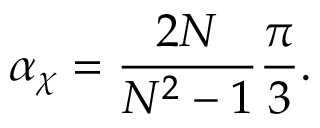
\alpha _ { \chi } = { \frac { 2 N } { N ^ { 2 } - 1 } } { \frac { \pi } { 3 } } .